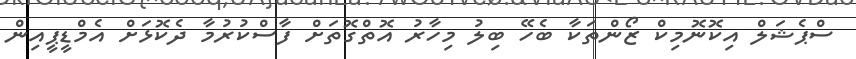
ސްޕެޝަލް އިކޮނޮމިކް ޒޯންތަކާ ބެހޭ ބިލު މިހާރު އޮތްގޮތަށް ފާސްކުރުމާ ދެކޮޅަށް އެމްޑީޕީއިން